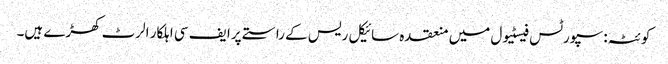
کوئٹہ: سپورٹس فیسٹیول میں منعقدہ سائیکل ریس کے راستے پرا یف سی اہلکار الرٹ کھڑے ہیں۔